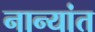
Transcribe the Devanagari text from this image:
नान्यांत